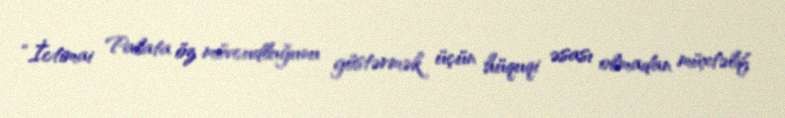
“İctimai Palata öz mövcudluğunu göstərmək üçün hüquqi əsası olmadan müxtəlif